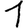
Digit: 1